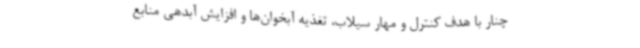
چنار با هدف کنترل و مهار سیلاب، تغذیه آبخوان‌ها و افزایش آبدهی منابع